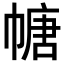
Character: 𫷎